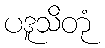
ပဒူသိတုံ